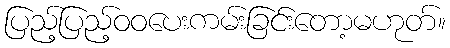
ပြည့်ပြည့်ဝဝပေးကမ်းခြင်းတော့မဟုတ်။